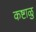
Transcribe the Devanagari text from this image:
कष्टाळु